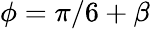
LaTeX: \phi=\pi/6+\beta